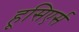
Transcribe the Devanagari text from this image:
हूसिएर्स